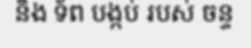
និង ទ័ព បង្កប់ របស់ ចន្ទ